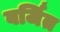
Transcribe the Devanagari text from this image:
वर्जित